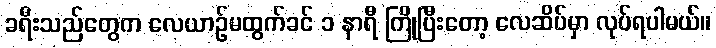
ခရီးသည်တွေက လေယာဉ်မထွက်ခင် ၁ နာရီ ကြိုပြီးတော့ လေဆိပ်မှာ လုပ်ရပါမယ်။